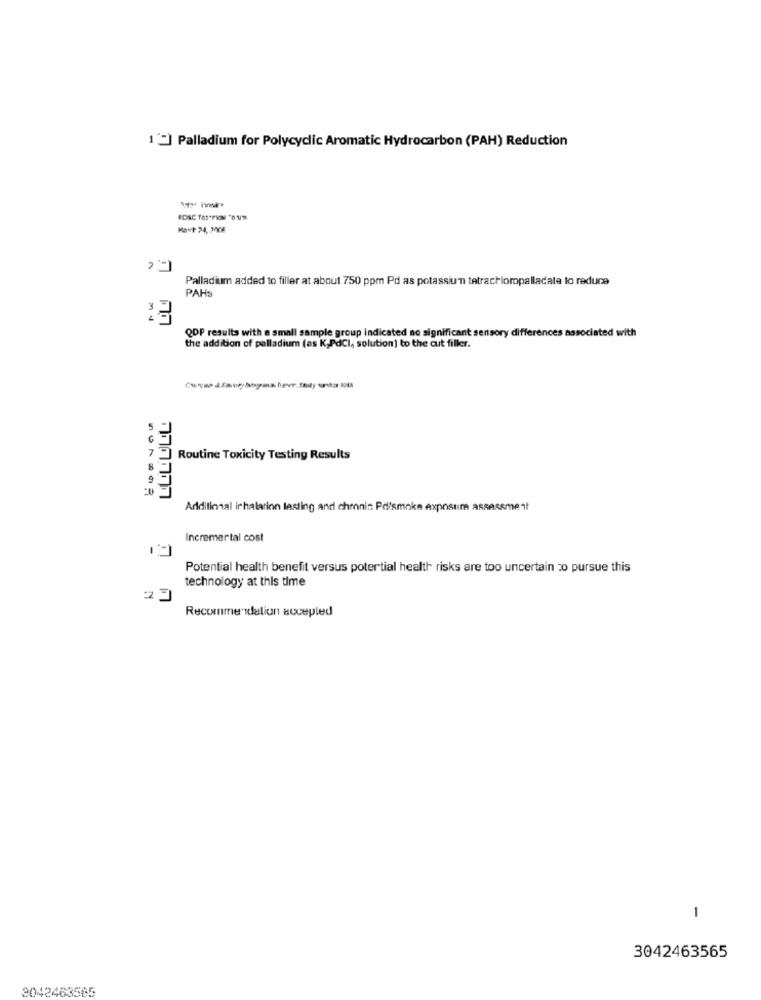
1 "] Palladium for Polycyclic Aromatic Hydrocarbon (PAH) Reduction
Mavt 24, 228
Palladium added to filler at about 750 ppm Pd as potassium tatrachlompalladata to reduce
PAHS
QDP results with a small sample group indicated no significant sensory differences associated with
the addition of palladium (as K,PdCI, solution) to the cut filler.
Routine Toxicity Testing Results
8
9
Additional ir halation lasting and chmnin Pd/smoke Axposun assessment
Incremertal cost
Potential health benefit versus potertial health risks are too uncertain zo pursue this
technology at this time
23
Recommendation accepted
1
3042463565
3042463565